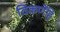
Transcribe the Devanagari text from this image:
विकणेंहि